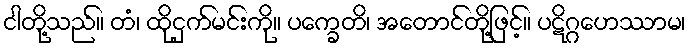
ငါတို့သည်။ တံ၊ ထိုငှက်မင်းကို။ ပက္ခေတိ၊ အတောင်တို့ဖြင့်။ ပဋိဂ္ဂဟေဿာမ၊